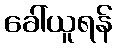
ခေါ်ယူရန်